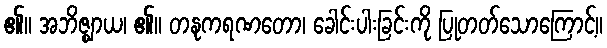
၏။ အဘိဇ္ဈာယ၊ ၏။ တနုကရဏတော၊ ခေါင်းပါးခြင်းကို ပြုတတ်သောကြောင့်။